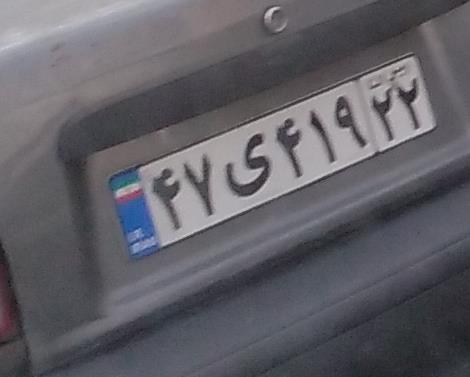
۴۷ی۴۱۹۲۲